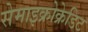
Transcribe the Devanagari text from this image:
सेमाइक्रोक्रेडिट